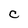
Character: C